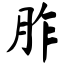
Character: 胙